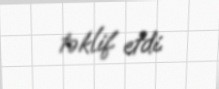
təklif etdi.